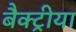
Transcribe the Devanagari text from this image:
बैक्ट्रीया